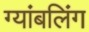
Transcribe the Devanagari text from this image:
ग्यांबलिंग